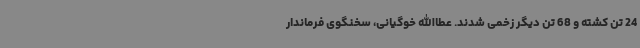
24 تن کشته و 68 تن دیگر زخمی شدند. عطاالله خوگیانی، سخنگوی فرماندار